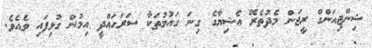
ޝިންޖިއަންގް ރީޖަން މެދުތެރޭ އެޝިޔާގެ ގިނަ ގައުމުތަކާ ސަރަހައްދީ އިމުން ގުޅިފައި ވެއެވެ.